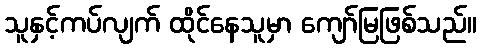
သူနှင့်ကပ်လျက် ထိုင်နေသူမှာ ကျော်မြဖြစ်သည်။